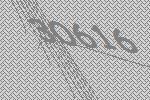
30616